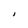
Character: I